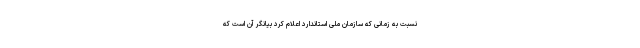
نسبت به زمانی که سازمان ملی استاندارد اعلام کرد بیانگر آن است که